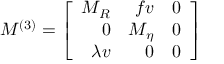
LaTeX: M ^ { ( 3 ) } = \left[ \begin{array} { r r r } { { M _ { R } } } & { { f v } } & { { 0 } } \\ { { 0 } } & { { M _ { \eta } } } & { { 0 } } \\ { { \lambda v } } & { { 0 } } & { { 0 } } \end{array} \right]